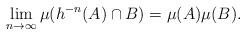
LaTeX: \begin{align*}\lim_{n\to\infty}\mu(h^{-n}(A)\cap B) = \mu(A)\mu(B).\end{align*}